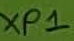
Text: XP1